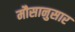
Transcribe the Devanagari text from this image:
मौसानुसार